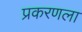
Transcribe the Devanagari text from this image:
प्रकरणला